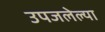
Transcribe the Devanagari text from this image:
उपजलेल्या